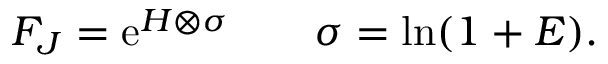
{ \cal F } _ { \cal J } = \mathrm { e } ^ { H \otimes \sigma } \qquad \sigma = \ln ( 1 + E ) .